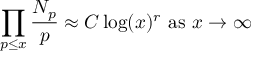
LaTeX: \prod _ { p \leq x } { \frac { N _ { p } } { p } } \approx C \log ( x ) ^ { r } { \mathrm { ~ a s ~ } } x \rightarrow \infty